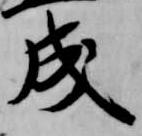
成